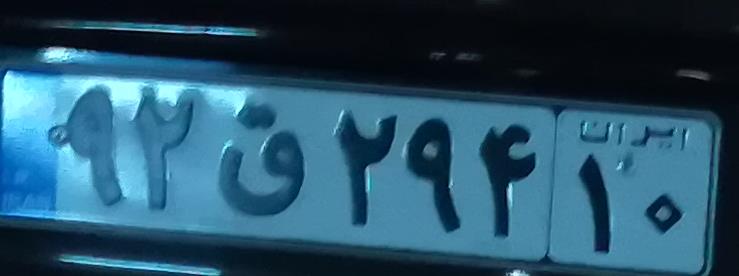
۹۲ق۲۹۴۱۰